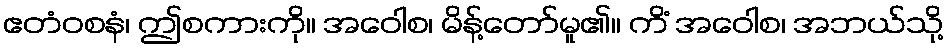
ဧတံဝစနံ၊ ဤစကားကို။ အဝေါစ၊ မိန့်တော်မူ၏။ ကိံ အဝေါစ၊ အဘယ်သို့